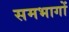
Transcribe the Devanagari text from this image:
समभागों